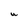
Character: U